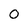
Character: o